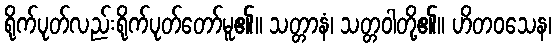
ရိုက်ပုတ်လည်းရိုက်ပုတ်တော်မူ၏။ သတ္တာနံ၊ သတ္တဝါတို့၏။ ဟိတဝသေန၊